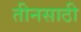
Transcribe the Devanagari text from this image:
तीनसाठी